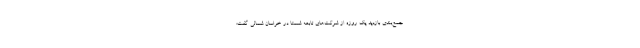
جمع‌بندی بازدید یک روزه از شرکت‌های تابعه شستا در خراسان شمالی گفت: